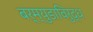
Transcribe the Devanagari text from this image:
बर्म्युडाविरुद्ध